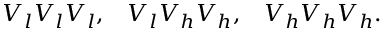
V _ { l } V _ { l } V _ { l } , \; \; \; V _ { l } V _ { h } V _ { h } , \; \; \; V _ { h } V _ { h } V _ { h } .